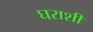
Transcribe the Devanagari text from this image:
घराशी